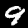
Digit: 9